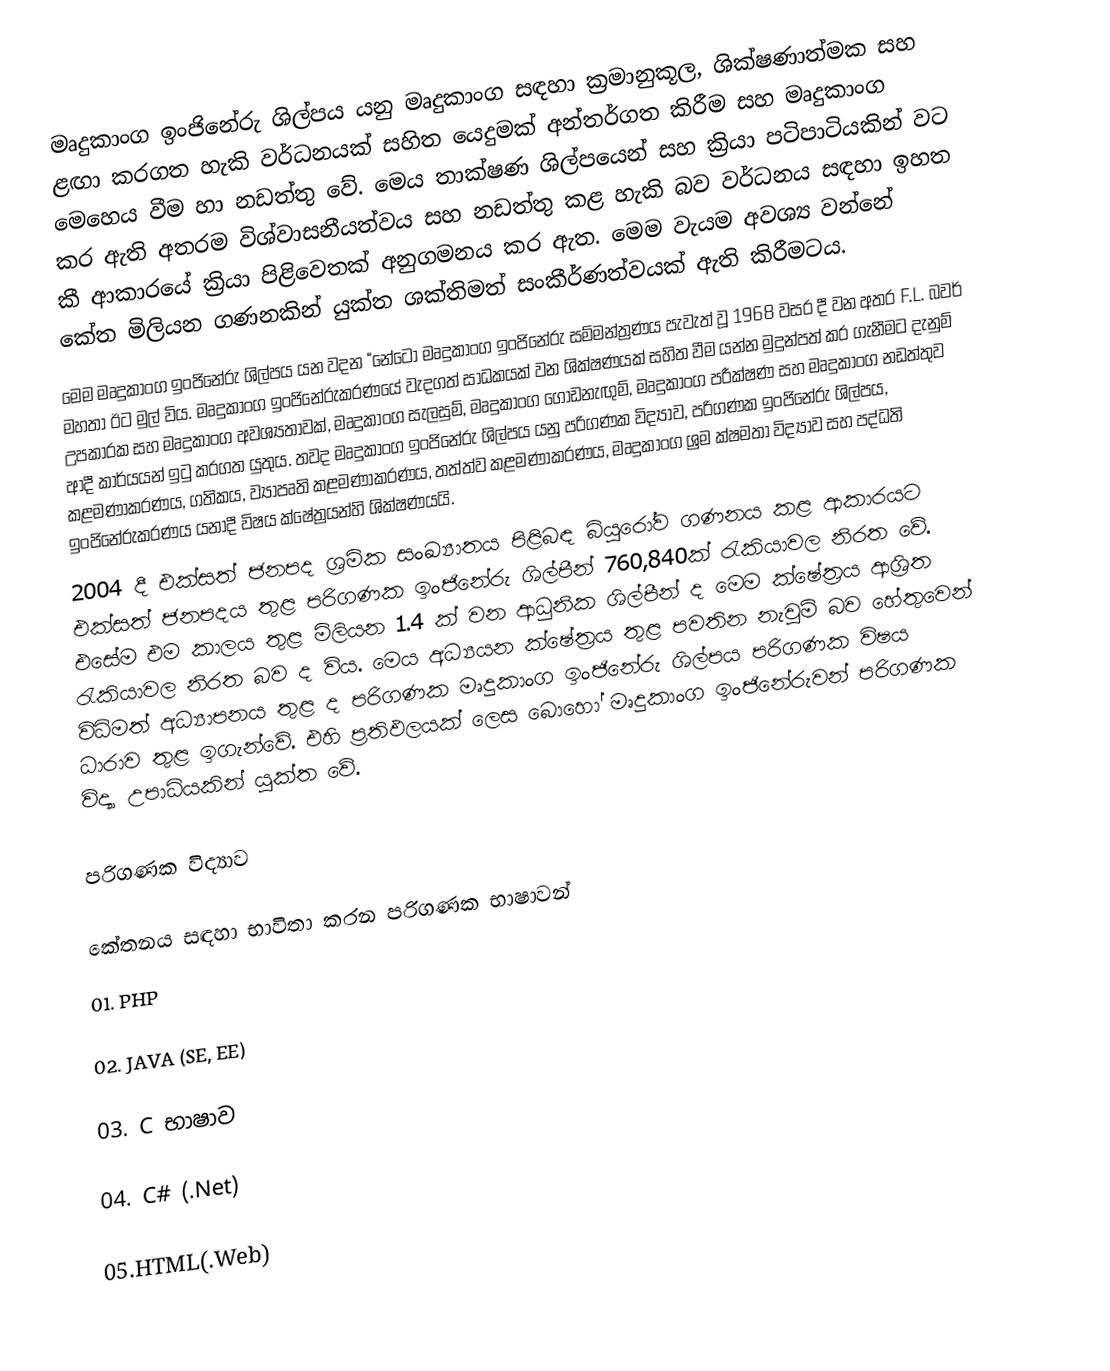
මෘදුකාංග ඉංජිනේරු ශිල්පය යනු මෘදුකාංග සඳහා ක්‍රමානුකූල, ශික්ෂණාත්මක සහ ළඟා කරගත හැකි වර්ධනයක් සහිත යෙදුමක් අන්තර්ගත කිරීම සහ මෘදුකාංග මෙහෙය වීම හා නඩත්තු වේ. මෙය තාක්ෂණ ශිල්පයෙන් සහ ක්‍රියා පටිපාටියකින් වට කර ඇති අතරම විශ්වාසනීයත්වය සහ නඩත්තු කළ හැකි බව වර්ධනය සඳහා ඉහත කී ආකාරයේ ක්‍රියා පිළිවෙතක් අනුගමනය කර ඇත. මෙම වැයම අවශ්‍ය වන්නේ කේත මිලියන ගණනකින් යුක්ත ශක්තිමත් සංකීර්ණත්වයක් ඇති කිරීමටය.
මෙම මෘදුකාංග ඉංජිනේරු ශිල්පය යන වදන “නේටෝ මෘදුකාංග ඉංජිනේරු සම්මන්ත්‍රණය පැවැත් වූ 1968 වසර දී වන අතර F.L. බවර් මහතා ඊට මුල් විය. මෘදුකාංග ඉංජිනේරුකරණයේ වැදගත් සාධකයක් වන ශික්ෂණයක් සහිත වීම යන්න මුදුන්පත් කර ගැනීමට දැනුම් උපකාරක සහ මෘදුකාංග අවශ්‍යතාවක්, මෘදුකාංග සැලසුම්, මෘදුකාංග ගොඩනැඟුම්, මෘදුකාංග පරීක්ෂණ සහ මෘදුකාංග නඩත්තුව ආදී කාර්යයන් ඉටු කරගත යුතුය. තවද මෘදුකාංග ඉංජිනේරු ශිල්පය යනු පරිගණක විද්‍යාව, පරිගණක ඉංජිනේරු ශිල්පය, කළමණාකරණය, ගතිකය, ව්‍යාපෘති කළමණාකරණය, තත්ත්ව කළමණාකරණය, මෘදුකාංග ශ්‍රම ක්ෂමතා විද්‍යාව සහ පද්ධති ඉංජිනේරුකරණය යනාදී විෂය ක්ෂේත්‍රයන්හි ශික්ෂණයයි.
2004 දී එක්සත් ජනපද ශ්‍රමික සංඛ්‍යාතය පිළිබඳ බියුරෝව ගණනය කළ ආකාරයට එක්සත් ජනපදය තුළ පරිගණක ඉංජිනේරු ශිල්පීන් 760,840ක් රැකියාවල නිරත වේ. එසේම එම කාලය තුළ මිලියන 1.4 ක් වන ආධුනික ශිල්පීන් ද මෙම ක්ෂේත්‍රය ආශ්‍රිත රැකියාවල නිරත බව ද විය. මෙය අධ්‍යයන ක්ෂේත්‍රය තුළ පවතින නැවුම් බව හේතුවෙන් විධිමත් අධ්‍යාපනය තුළ ද පරිගණක මෘදුකාංග ඉංජිනේරු ශිල්පය පරිගණක විෂය ධාරාව තුළ ඉගැන්වේ. එහි ප්‍රතිඵලයක් ලෙස බොහෝ මෘදුකාංග ඉංජිනේරුවන් පරිගණක විද්‍යා උපාධියකින් යුක්ත වේ.

පරිගණක විද්‍යාව

කේතනය සඳහා භාවිතා කරන පරිගණක භාෂාවන්
01. PHP

02. JAVA (SE, EE)

03. C භාෂාව

04. C# (.Net)

05.HTML(.Web)